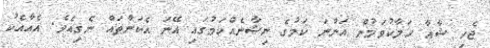
ޖެހި ޝާޢާ ހަލާކުވަމުން އަންނަ ކަމުގެ ނިޝާނެއްކަމުގައި އޭނަ އެކަންތައް ނެގިއެވެ. އެއާއެކު